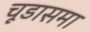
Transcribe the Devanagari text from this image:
चूडासमा